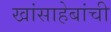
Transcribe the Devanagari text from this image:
खांसाहेबांची